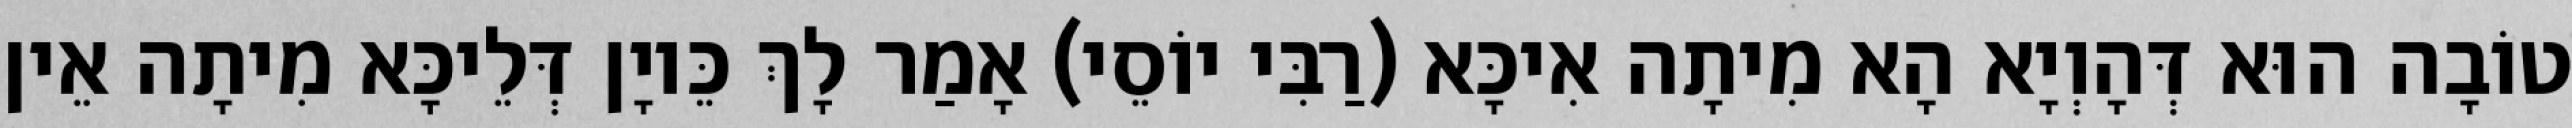
טוֹבָה הוּא דְּהָוְיָא הָא מִיתָה אִיכָּא (רַבִּי יוֹסֵי) אָמַר לָךְ כֵּיוָן דְּלֵיכָּא מִיתָה אֵין